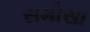
સમોસા